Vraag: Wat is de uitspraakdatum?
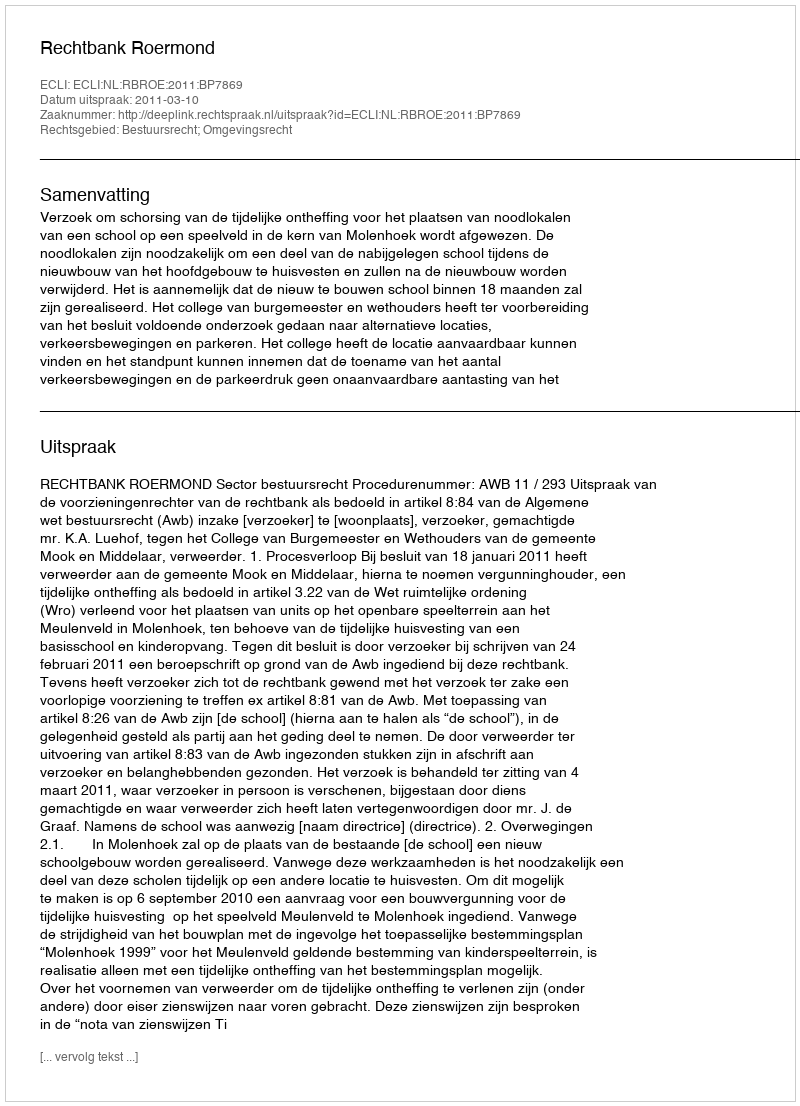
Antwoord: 2011-03-10